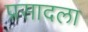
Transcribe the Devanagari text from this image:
प्रसादला